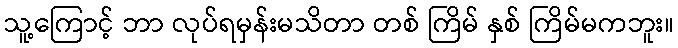
သူ့ကြောင့် ဘာ လုပ်ရမှန်းမသိတာ တစ် ကြိမ် နှစ် ကြိမ်မကဘူး။